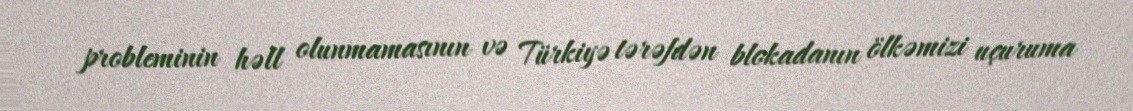
probleminin həll olunmamasının və Türkiyə tərəfdən blokadanın ölkəmizi uçuruma